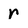
Character: r